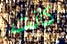
كانت